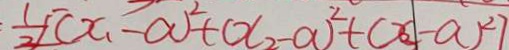
\frac { 1 } { 2 } [ ( x _ { 1 } - a ) ^ { 2 } + ( x _ { 2 } - a ) ^ { 2 } + ( x _ { 2 } - a ) ^ { 2 } ]